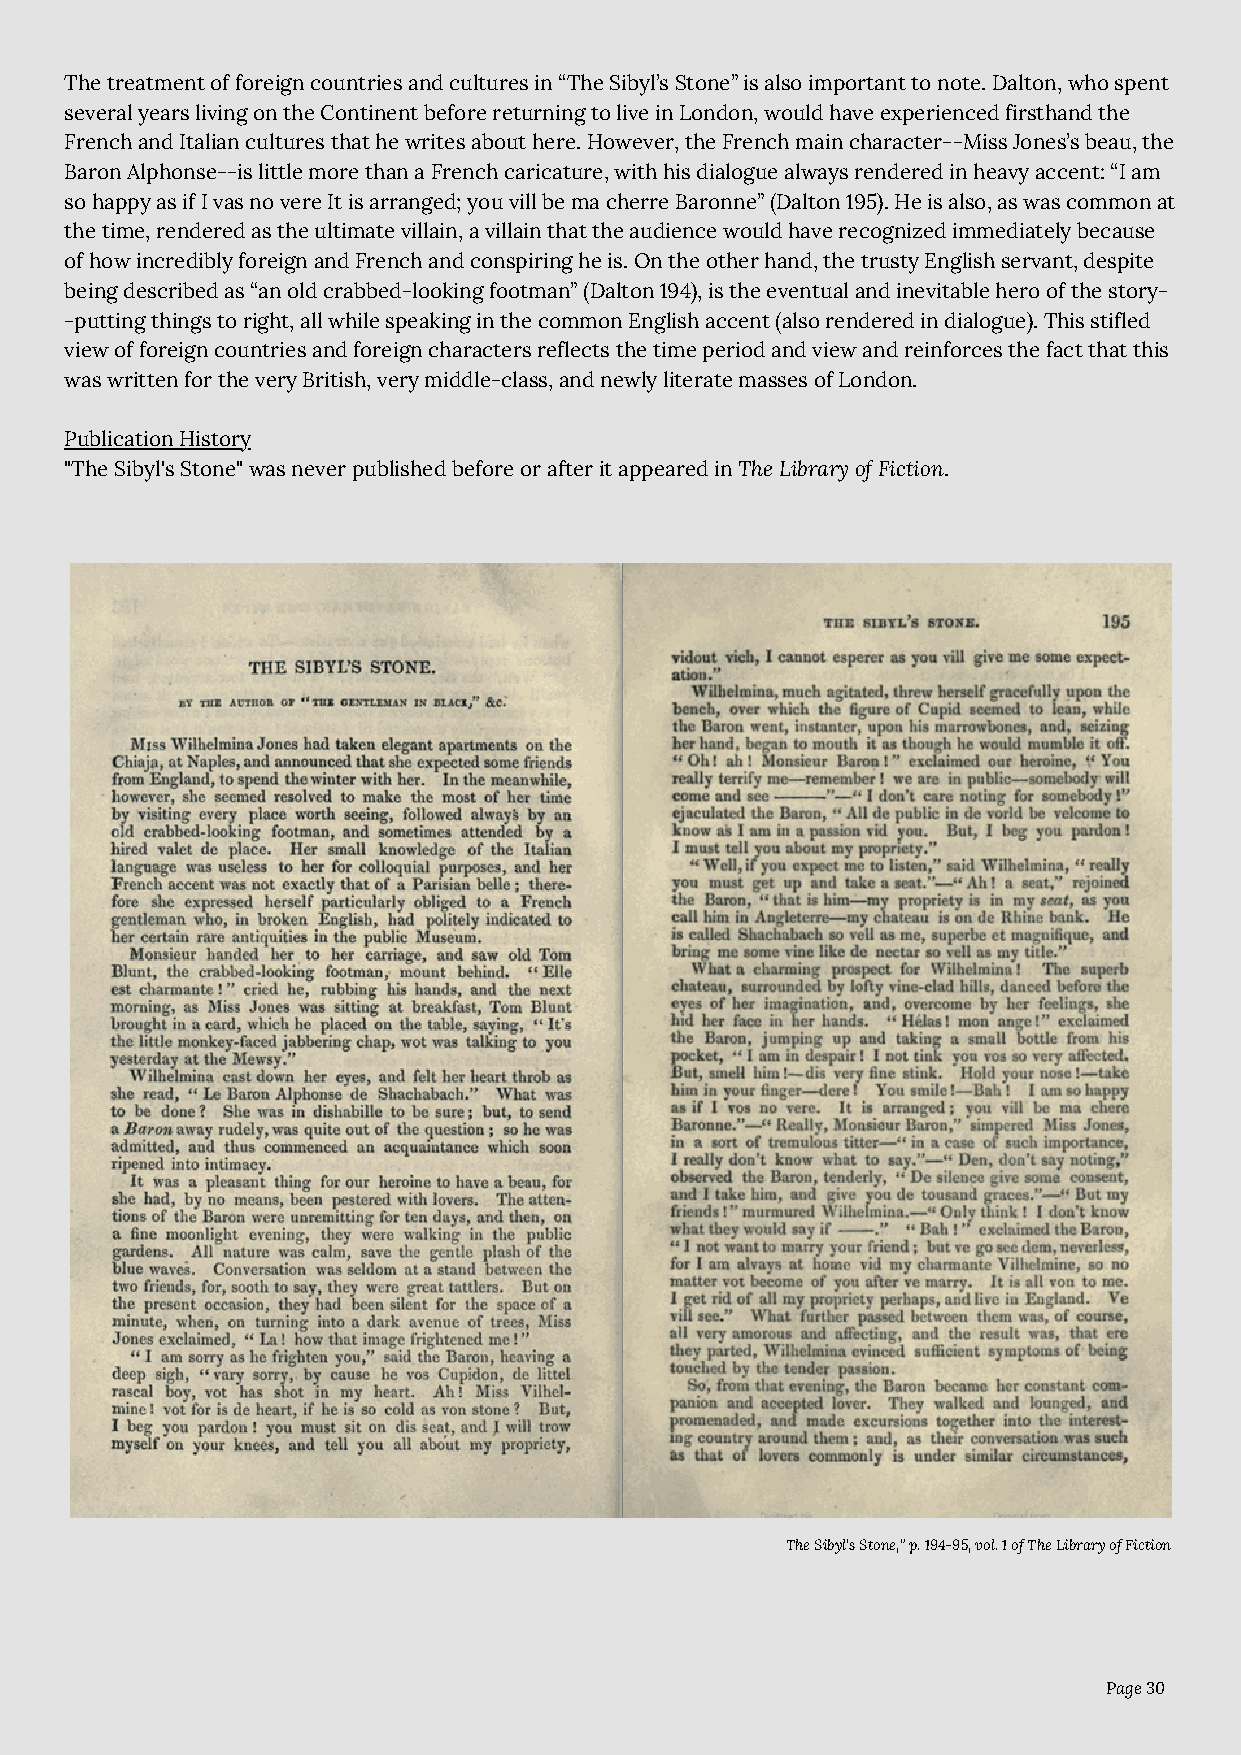
The treatment of foreign countries and cultures in “The Sibyl’s Stone” is also important to note. Dalton, who spent
 several years living on the Continent before returning to live in London, would have experienced firsthand the
 French and Italian cultures that he writes about here. However, the French main character--Miss Jones’s beau, the
 Baron Alphonse--is little more than a French caricature, with his dialogue always rendered in heavy accent: “I am
 so happy as if I vas no vere It is arranged; you vill be ma cherre Baronne” (Dalton 195). He is also, as was common at
 the time, rendered as the ultimate villain, a villain that the audience would have recognized immediately because
 of how incredibly foreign and French and conspiring he is. On the other hand, the trusty English servant, despite
 being described as “an old crabbed-looking footman” (Dalton 194), is the eventual and inevitable hero of the story-
 -putting things to right, all while speaking in the common English accent (also rendered in dialogue). This stifled
 view of foreign countries and foreign characters reflects the time period and view and reinforces the fact that this
 was written for the very British, very middle-class, and newly literate masses of London.
 Publication History
 "The Sibyl's Stone" was never published before or after it appeared in The Library of Fiction.
 The Sibyl's Stone," p. 194-95, vol. 1 of The Library of Fiction
 Page 30